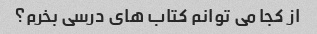
از کجا می توانم کتاب های درسی بخرم؟